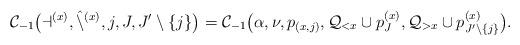
LaTeX: \begin{align*} \mathcal{C}_{-1}\big(\mathcal{a}^{(x)}, \hat{\mathcal{n}}^{(x)}, j, J, J' \setminus \lbrace j \rbrace\big) = \mathcal{C}_{-1}\big(\alpha, \nu, p_{(x,j)}, \mathcal{Q}_{<x} \cup p^{(x)}_J, \mathcal{Q}_{>x} \cup p^{(x)}_{J' \setminus \lbrace j \rbrace}\big).\end{align*}